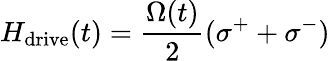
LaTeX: H_{\mathrm{drive}}(t)=\frac{\Omega(t)}{2}(\sigma^{+}+\sigma^{-})